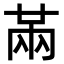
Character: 㒼